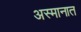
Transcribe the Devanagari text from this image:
अस्मानात